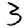
Digit: 3